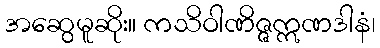
အဆွေမူဆိုး။ ကသိဝါဏိဇ္ဇဣဏဒါနံ၊